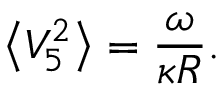
\left< V _ { 5 } ^ { 2 } \right> = \frac { \omega } { \kappa R } .